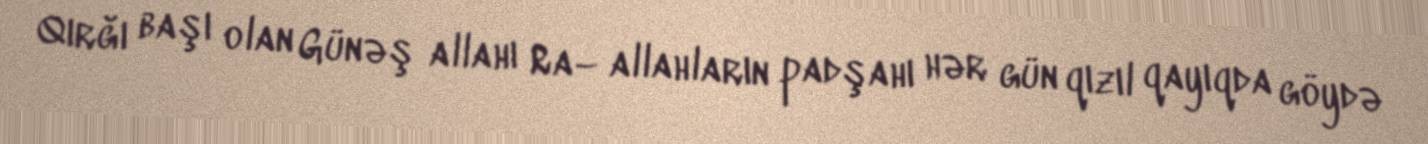
Qırğı başı olan Günəş allahı Ra– allahların padşahı hər gün qızıl qayıqda göydə